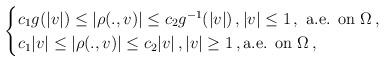
LaTeX: \begin{align*}\begin{cases}c_1 g(|v|) \le |\rho(.,v)| \le c_2 g^{-1}(|v|)\,, |v| \le 1 \,, \mbox{ a.e. on } \Omega \,,\\c_1 |v| \le |\rho(.,v)| \le c_2 |v| \,, |v| \ge 1 \,, \mbox{a.e. on } \Omega \,,\end{cases}\end{align*}